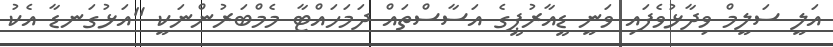
އަލީ ސަލީމް ވިދާޅުވެފައި ވަނީ ޑީއާރުޕީގެ އަސާސްތައް ދަމަހައްޓާ މެމްބަރުންނަކީ "އަޅުގަނޑާ އެކު